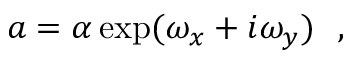
a = \alpha \exp ( \omega _ { x } + i \omega _ { y } ) ~ ~ ,